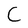
Character: C